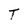
Character: T